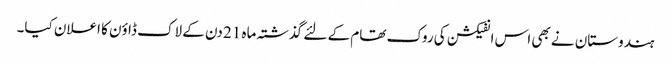
ہندوستان نے بھی اس انفیکشن کی روک تھام کے لئے گذشتہ ماہ 21 دن کے لاک ڈاؤن کا اعلان کیا۔